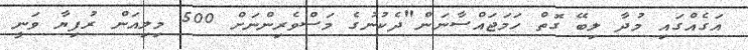
އަގެއްގައި މުދާ ލިބޭ ގޮތް ހަމަޖައްސާނަން"ދެކުނުގެ މަސްވެރިންނަށް 500 މިލިއަން ރުފިޔާ ވަނީ